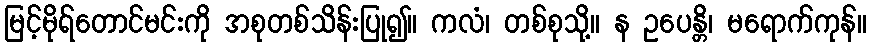
မြင့်မိုရ်တောင်မင်းကို အစုတစ်သိန်းပြု၍။ ကလံ၊ တစ်စုသို့။ န ဥပေန္တိ၊ မရောက်ကုန်။